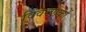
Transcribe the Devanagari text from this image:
विवरणकों